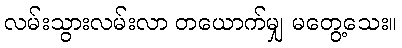
လမ်းသွားလမ်းလာ တယောက်မျှ မတွေ့သေး။